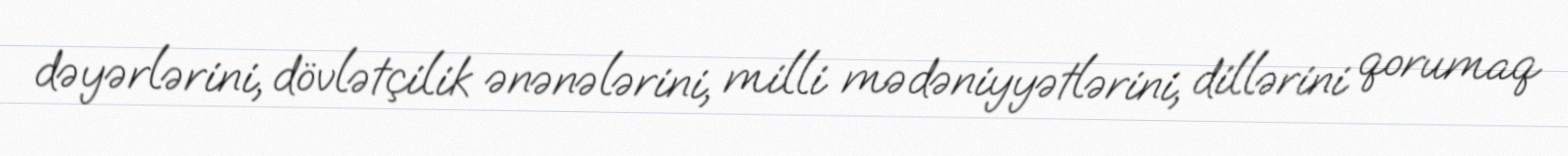
dəyərlərini, dövlətçilik ənənələrini, milli mədəniyyətlərini, dillərini qorumaq